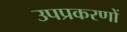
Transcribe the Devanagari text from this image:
उपप्रकरणों